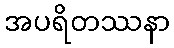
အပရိတဿနာ